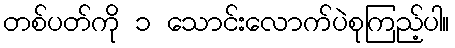
တစ်ပတ်ကို ၁ သောင်းလောက်ပဲစုကြည့်ပါ။